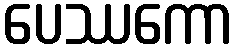
ပေဿကော